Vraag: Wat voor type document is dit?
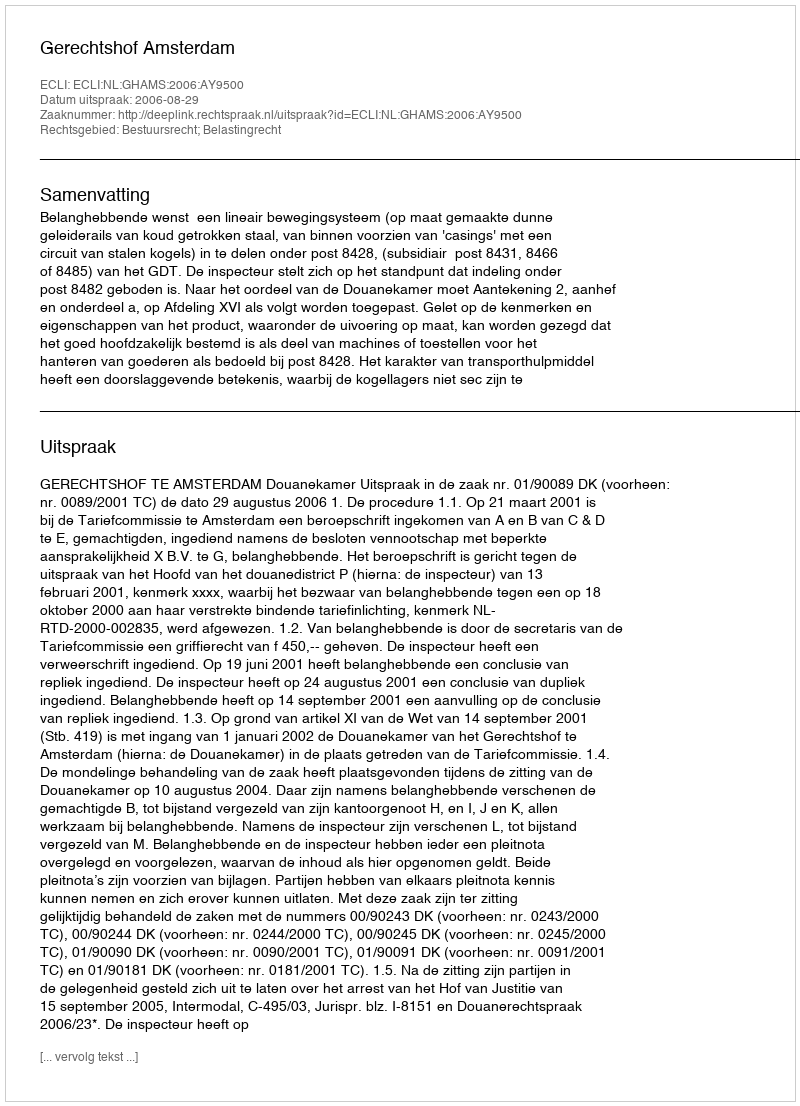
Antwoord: Uitspraak